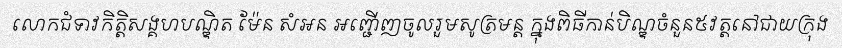
លោកជំទាវកិត្តិសង្គហបណ្ឌិត ម៉ែន សំអន អញ្ជើញចូលរួមសូត្រមន្ត ក្នុងពិធីកាន់បិណ្ឌចំនួន៥វត្តនៅជាយក្រុង